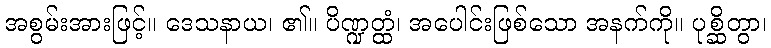
အစွမ်းအားဖြင့်။ ဒေသနာယ၊ ၏။ ပိဏ္ဍတ္ထံ၊ အပေါင်းဖြစ်သော အနက်ကို။ ပုစ္ဆိတွာ၊